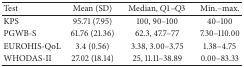
<table><thead><tr><td><b>Test</b></td><td><b>Mean (SD)</b></td><td><b>Median, <i>Q</i>1–<i>Q</i>3</b></td><td><b>Min.–max.</b></td></tr></thead><tbody><tr><td>KPS</td><td>95.71 (7.95)</td><td>100, 90–100</td><td>40–100</td></tr><tr><td>PGWB-S</td><td>61.76 (21.36)</td><td>62.3, 47.7–77</td><td>7.30–110.00</td></tr><tr><td>EUROHIS-QoL</td><td>3.4 (0.56)</td><td>3.38, 3.00–3.75</td><td>1.38–4.75</td></tr><tr><td>WHODAS-II</td><td>27.02 (18.14)</td><td>25, 11.11–38.89</td><td>0.00–83.33</td></tr></tbody></table>